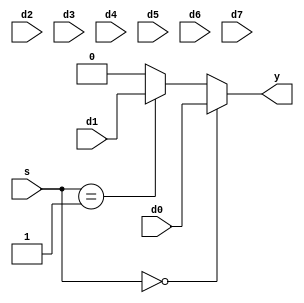
module test1(d0, d1, d2, d3, d4, d5, d6, d7, y, s);
    input d0;
    input d1;
    input d2;
    input d3;
    input d4;
    input d5;
    input d6;
    input d7;
    output y;
reg y;
    input [2:0] s;

always @ (s or d0 or d1 or d2 or d3 or d4 or d5 or d6 or d7)

begin

    if(s==000)
   y=d0;
else if(s==001)
       y=d1;
else if(s==001)
       y=d2;
else if(s==010)
       y=d3;
else if(s==011)
       y=d4;
else if(s==100)
       y=d5;
else if(s==101)
       y=d6;
else if(s==110)
       y=d6;
else if(s==111)
       y=d7;
else
 y=0;
end
endmodule